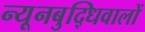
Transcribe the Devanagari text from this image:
न्यूनबुद्धिवालों